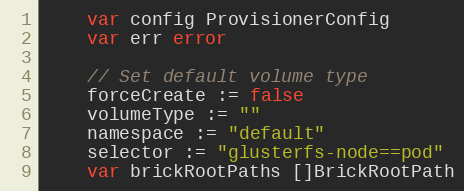
Language: Go
	var config ProvisionerConfig
	var err error

	// Set default volume type
	forceCreate := false
	volumeType := ""
	namespace := "default"
	selector := "glusterfs-node==pod"
	var brickRootPaths []BrickRootPath